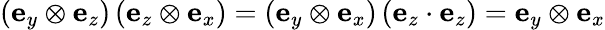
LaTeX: \left(\mathbf{e}_{y}\otimes\mathbf{e}_{z}\right)\left(\mathbf{e}_{z}\otimes\mathbf{e}_{x}\right)=\left(\mathbf{e}_{y}\otimes\mathbf{e}_{x}\right)\left(\mathbf{e}_{z}\cdot\mathbf{e}_{z}\right)=\mathbf{e}_{y}\otimes\mathbf{e}_{x}